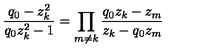
\frac { q _ { 0 } - z _ { k } ^ { 2 } } { q _ { 0 } z _ { k } ^ { 2 } - 1 } = \prod _ { m \neq k } \frac { q _ { 0 } z _ { k } - z _ { m } } { z _ { k } - q _ { 0 } z _ { m } }